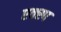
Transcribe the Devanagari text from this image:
एक्स्प